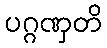
ပဂ္ဂဏှတိ